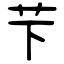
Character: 芐